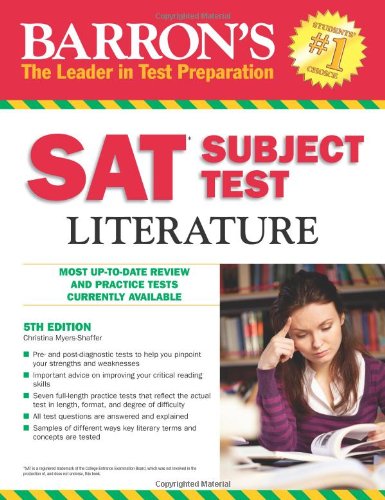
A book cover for Barron's SAT Subject Test: Literature, 5th Edition; Christina Myers-Shaffer; Test Preparation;